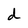
Character: d